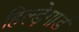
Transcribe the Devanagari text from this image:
हिल्ड़ेगार्ड